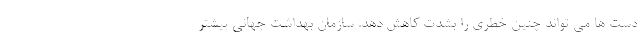
دست ها می تواند چنین خطری را بشدت کاهش دهد. سازمان بهداشت جهانی پیشتر